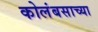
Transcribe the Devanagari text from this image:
कोलंबसाच्या